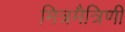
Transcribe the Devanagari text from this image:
मित्रमैत्रिणी